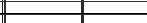
*